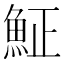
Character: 𩶝